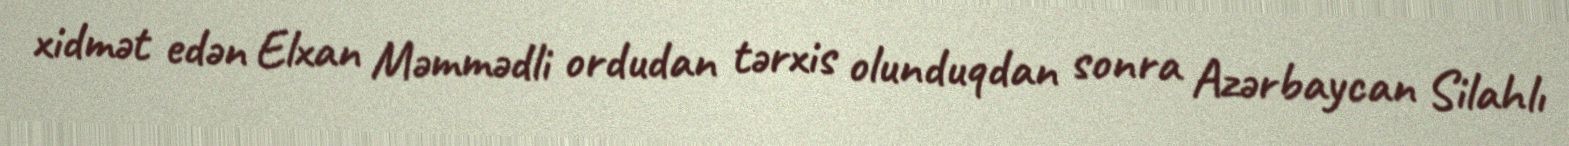
xidmət edən Elxan Məmmədli ordudan tərxis olunduqdan sonra Azərbaycan Silahlı